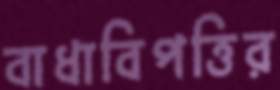
বাধাবিপত্তির